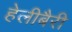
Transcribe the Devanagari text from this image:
हेलीबैरी